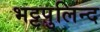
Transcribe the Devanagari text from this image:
भट्टपुलिन्द